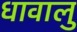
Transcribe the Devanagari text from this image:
धावालु